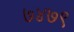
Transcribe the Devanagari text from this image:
७४७९